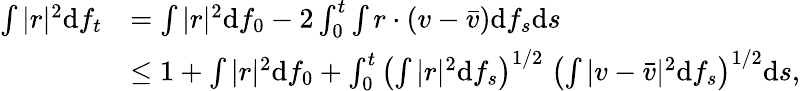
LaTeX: \begin{array}{rl}{\int|r|^{2}\mathrm df_{t}}&{=\int|r|^{2}\mathrm df_{0}-2\int_{0}^{t}\int r\cdot(v-\bar{v})\mathrm df_{s}\mathrm ds}\\ &{\le 1+\int|r|^{2}\mathrm df_{0}+\int_{0}^{t}\left(\int|r|^{2}\mathrm df_{s}\right)^{1/2}\; \left(\int|v-\bar{v}|^{2}\mathrm df_{s}\right)^{1/2}\mathrm ds,}\end{array}